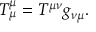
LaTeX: T _ { \mu } ^ { \mu } = T ^ { \mu \nu } g _ { \nu \mu } .